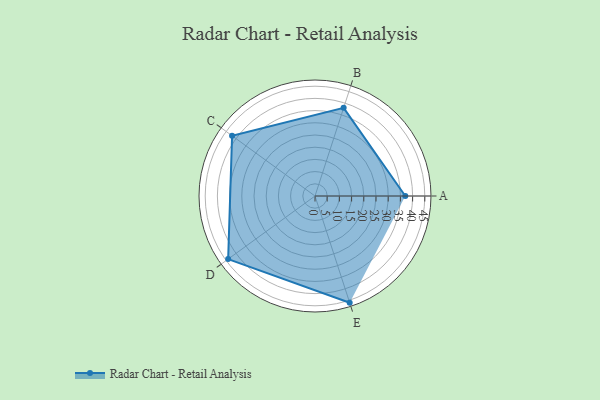
{"axis": {"x": "Skill", "y": "Score"}, "legend": ["Profile"], "data": [{"x": "A", "y": 37.0, "type": "Profile"}, {"x": "B", "y": 38.0, "type": "Profile"}, {"x": "C", "y": 42.0, "type": "Profile"}, {"x": "D", "y": 44.0, "type": "Profile"}, {"x": "E", "y": 46.0, "type": "Profile"}]}